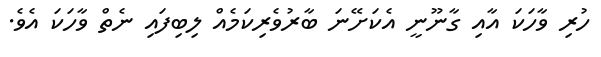
ހުރި ވާހަކަ އާއި ގާނޫނީ އެކަށޭނަ ބާރުވެރިކަމެއް ލިބިފައި ނެތް ވާހަކަ އެވެ.